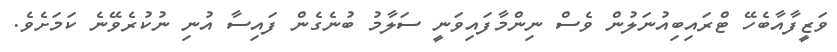
ވަޒީފާއާބެހޭ ޓްރައިބިއުނަލުން ވެސް ނިންމާފައިވަނީ ސަލާމު ބުނެގެން ފައިސާ އުނި ނުކުރެވޭނެ ކަމަށެވެ.